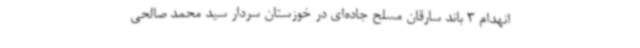
انهدام 3 باند سارقان مسلح جاده‌ای در خوزستان سردار سید محمد صالحی